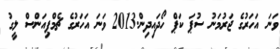
ވަނަ އަހަރުގެ ޖަރުމަނު ސުޕަ ކަޕް ހޯދައިދިން.2013 ވަނަ އަހަރުގެ ޗެމްޕިއަންސް ލީގު